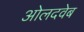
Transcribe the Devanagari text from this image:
ओलदवेब